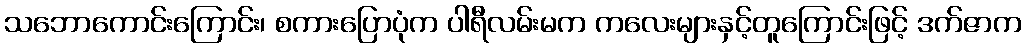
သဘောကောင်းကြောင်း၊ စကားပြောပုံက ပါရီလမ်းမက ကလေးများနှင့်တူကြောင်းဖြင့် ဒက်ဇာက